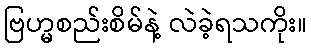
ဗြဟ္မစည်းစိမ်နဲ့ လဲခဲ့ရသကိုး။